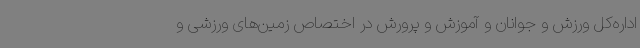
اداره‌کل ورزش و جوانان و آموزش و پرورش در اختصاص زمین‌های ورزشی و